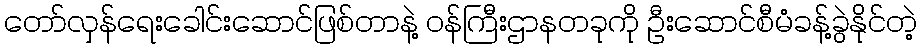
တော်လှန်ရေးခေါင်းဆောင်ဖြစ်တာနဲ့ ဝန်ကြီးဌာနတခုကို ဦးဆောင်စီမံခန့်ခွဲနိုင်တဲ့